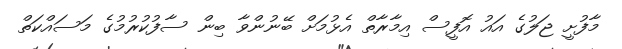
މާފުށީ ޖަލުގެ އައު އޮފީސް އިމާރާތް އެޅުމަށް ބޭނުންވާ ބިން ސާފުކުރުމުގެ މަސައްކަތް